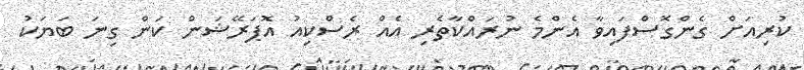
ކުރިއަށް ގެންގޮސްފައިވާ އެންމެ ނުރައްކާތެރި އެއް ރެސްކިއު އޮޕަރޭޝަން ކަން ގިނަ ބަޔަކު